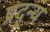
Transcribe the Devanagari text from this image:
प्रद्न्य